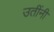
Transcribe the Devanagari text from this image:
उतींनी